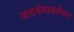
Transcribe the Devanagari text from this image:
जरासंधाबरोबर